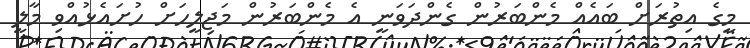
މީގެ އިތުރަށް ބައެއް މެންބަރުން ގެންދަަވަނީ އެ މެންބަރުން މަޖިލީހަށް ހުށައެޅުއްވި މާލީ